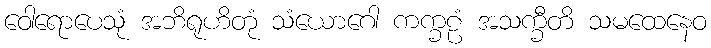
ဝေါရောပေသုံ အဘိရုဟိတုံ သံယောဂေါ ကက္ခဠံ အသက္ခီတိ သမထေနေဝ